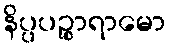
နိပ္ပပဉ္စာရာမော